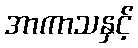
အာကာသနှင့်